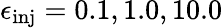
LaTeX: \epsilon_{\mathrm{inj}}=0.1,1.0,10.0